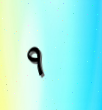
٩